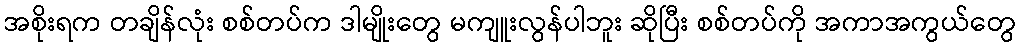
အစိုးရက တချိန်လုံး စစ်တပ်က ဒါမျိုးတွေ မကျူးလွန်ပါဘူး ဆိုပြီး စစ်တပ်ကို အကာအကွယ်တွေ